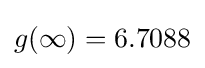
g(\infty )=6.7088